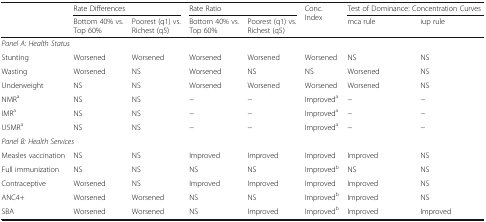
| <ROWSPAN=2>  | <COLSPAN=2> Rate Differences | <COLSPAN=2> Rate Ratio | <ROWSPAN=2> Conc. Index | <COLSPAN=2> Test of Dominance: Concentration Curves |
 | Bottom 40% vs. Top 60% | Poorest (q1) vs. Richest (q5) | Bottom 40% vs. Top 60% | Poorest (q1) vs. Richest (q5) | mca rule | iup rule |
 | --- | --- | --- | --- | --- | --- | --- | --- |
 | <COLSPAN=8> Panel A: Health Status |
 | Stunting | Worsened | Worsened | Worsened | Worsened | Worsened | NS | NS |
 | Wasting | Worsened | NS | Worsened | NS | NS | Worsened | NS |
 | Underweight | NS | NS | Worsened | Worsened | Worsened | Worsened | NS |
 | NMRa | NS | NS | − | − | Improveda | − | − |
 | IMRa | NS | NS | − | − | Improveda | − | − |
 | U5MRa | NS | NS | − | − | Improveda | − | − |
 | <COLSPAN=8> Panel B: Health Services |
 | Measles vaccination | NS | NS | Improved | Improved | Improved | Improved | NS |
 | Full immunization | NS | NS | NS | NS | Improvedb | NS | NS |
 | Contraceptive | Worsened | NS | Improved | Improved | Improved | Improved | NS |
 | ANC4+ | Worsened | Worsened | NS | NS | Improvedb | Improved | NS |
 | SBA | Worsened | Worsened | NS | Improved | Improvedb | Improved | Improved |